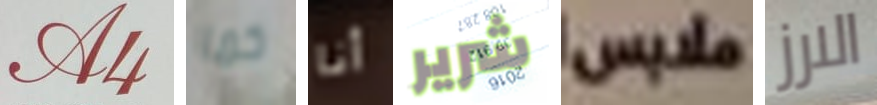
A4 كما أنا شرير ملابس الارز